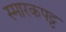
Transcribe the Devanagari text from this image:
स्मारकपट्ट